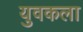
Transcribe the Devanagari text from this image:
युवकला